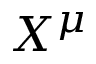
X ^ { \mu }